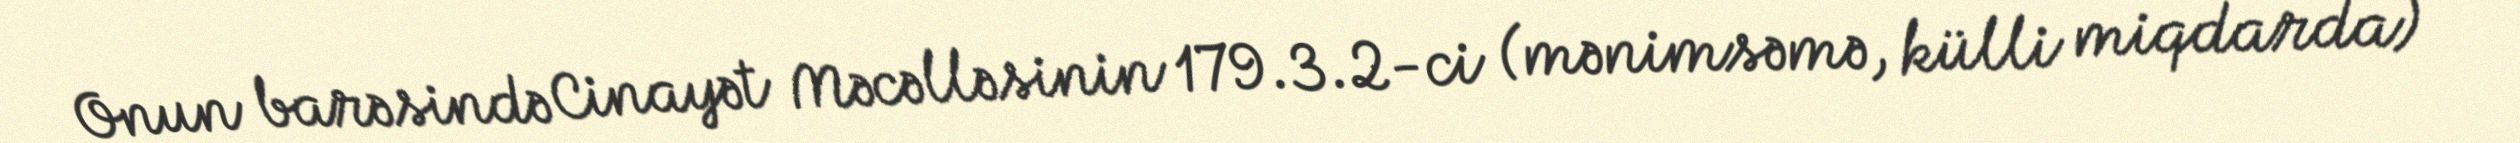
Onun barəsində Cinayət Məcəlləsinin 179.3.2-ci (mənimsəmə, külli miqdarda)